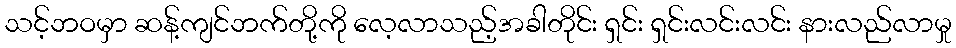
သင့်ဘဝမှာ ဆန့်ကျင်ဘက်တို့ကို လေ့လာသည့်အခါတိုင်း ရှင်း ရှင်းလင်းလင်း နားလည်လာမှု